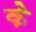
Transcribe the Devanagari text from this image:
के